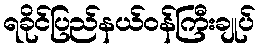
ရခိုင်ပြည်နယ်ဝန်ကြီးချုပ်